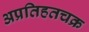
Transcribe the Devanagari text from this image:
अप्रतिहतचक्र